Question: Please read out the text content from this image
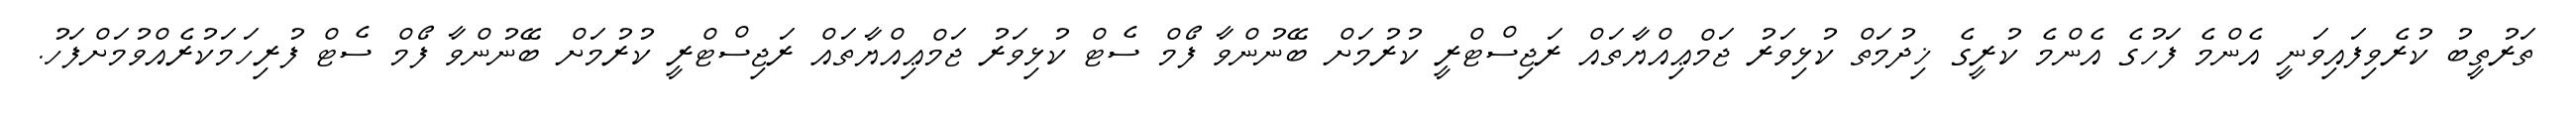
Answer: ތަރުތީބު ކުރެވިފައިވަނީ އެންމެ ފަހުގެ އެންމެ ކުރީގެ ޚިދުމަތް ކުޅިވަރު ޖަމްޢިއްޔާތައް ރަޖިސްޓްރީ ކުރުމަށް ބޭނުންވާ ފޯމް ސެޓް ކުޅިވަރު ޖަމްޢިއްޔާތައް ރަޖިސްޓްރީ ކުރުމަށް ބޭނުންވާ ފޯމް ސެޓް ފުރިހަމަކުރެއްވުމަށްފަހު.